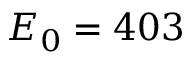
E _ { 0 } = 4 0 3